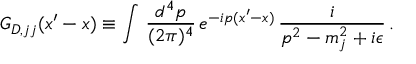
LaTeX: G _ { D , j j } ( x ^ { \prime } - x ) \equiv \int \, \frac { d ^ { 4 } p } { ( 2 \pi ) ^ { 4 } } \, e ^ { - i p ( x ^ { \prime } - x ) } \, \frac { i } { p ^ { 2 } - m _ { j } ^ { 2 } + i \epsilon } \, .